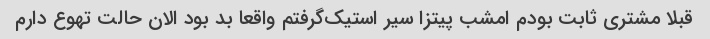
قبلا مشتری ثابت بودم امشب پیتزا سیر استیک‌گرفتم واقعا بد بود الان حالت تهوع دارم